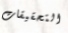
التحقيقات